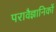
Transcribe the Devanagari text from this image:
परावैज्ञानिकों